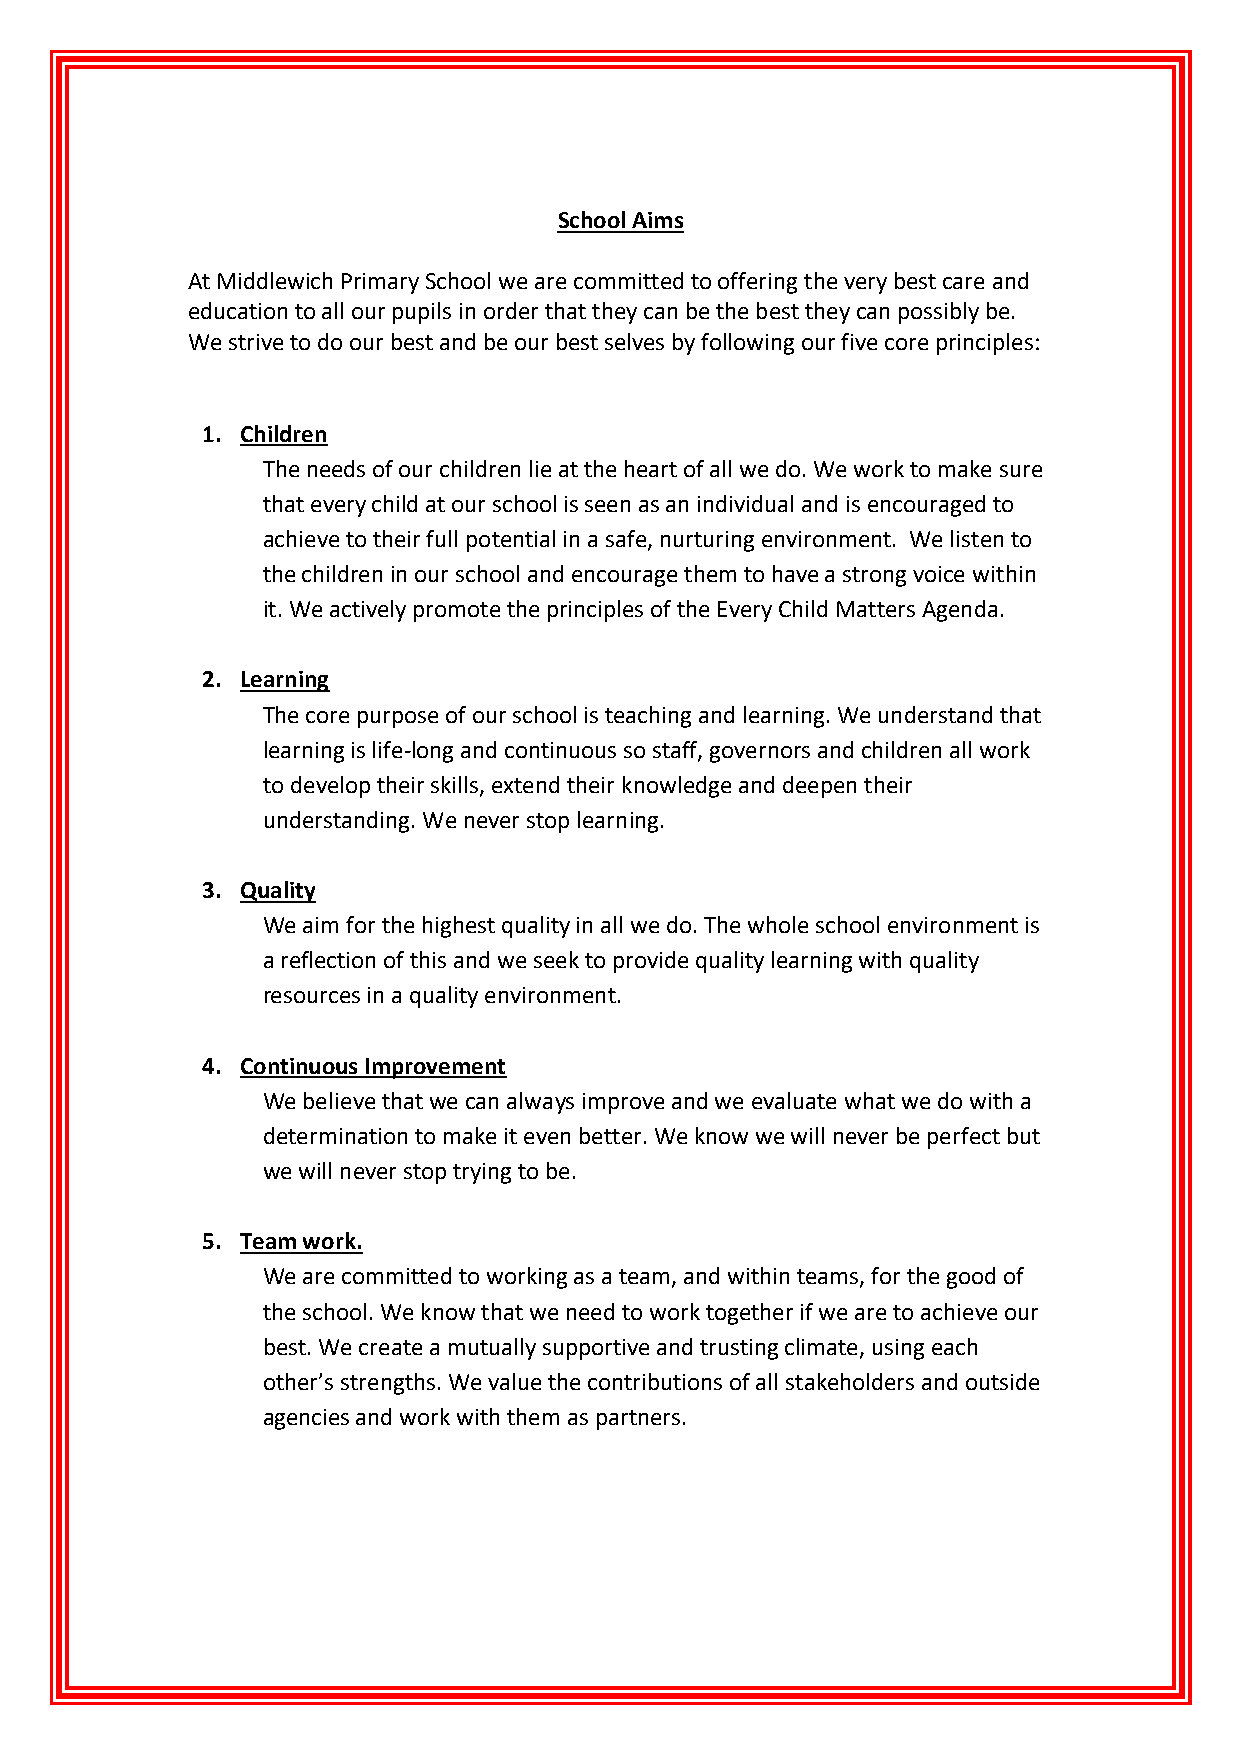
School Aims
 At Middlewich Primary School we are committed to offering the very best care and
 education to all our pupils in order that they can be the best they can possibly be.
 We strive to do our best and be our best selves by following our five core principles:
 1. Children
 The needs of our children lie at the heart of all we do. We work to make sure
 that every child at our school is seen as an individual and is encouraged to
 achieve to their full potential in a safe, nurturing environment. We listen to
 the children in our school and encourage them to have a strong voice within
 it. We actively promote the principles of the Every Child Matters Agenda.
 2. Learning
 The core purpose of our school is teaching and learning. We understand that
 learning is life-long and continuous so staff, governors and children all work
 to develop their skills, extend their knowledge and deepen their
 understanding. We never stop learning.
 3. Quality
 We aim for the highest quality in all we do. The whole school environment is
 a reflection of this and we seek to provide quality learning with quality
 resources in a quality environment.
 4. Continuous Improvement
 We believe that we can always improve and we evaluate what we do with a
 determination to make it even better. We know we will never be perfect but
 we will never stop trying to be.
 5. Team work.
 We are committed to working as a team, and within teams, for the good of
 the school. We know that we need to work together if we are to achieve our
 best. We create a mutually supportive and trusting climate, using each
 other’s strengths. We value the contributions of all stakeholders and outside
 agencies and work with them as partners.